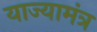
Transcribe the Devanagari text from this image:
याज्यामंत्र